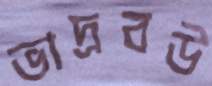
ভাদ্রবউ